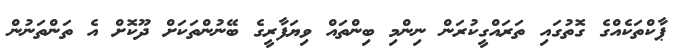
ޕާކްތަކެއްގެ ގޮތުގައި ތަރައްގީކުރަން ނިންމި ބިންތައް ވިޔަފާރީގެ ބޭނުންތަކަށް ދޫކޮށް އެ ތަންތަނުން